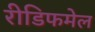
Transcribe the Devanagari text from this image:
रीडिफमेल